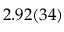
2 . 9 2 ( 3 4 )